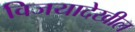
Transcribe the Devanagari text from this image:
विजयादेखील